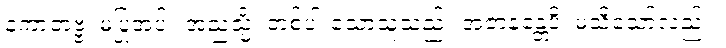
နကာတဗ္ဗံ၊ မပြုအပ်။ အညသ္မိံ၊ တစ်ပါးသောသူသည်။ အဇာနန္တေပိ၊ မသိသော်လည်း။